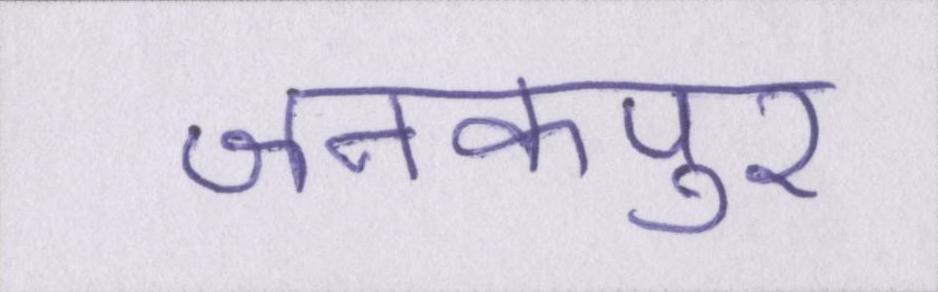
जनकपुर